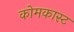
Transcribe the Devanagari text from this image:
कोमकास्ट